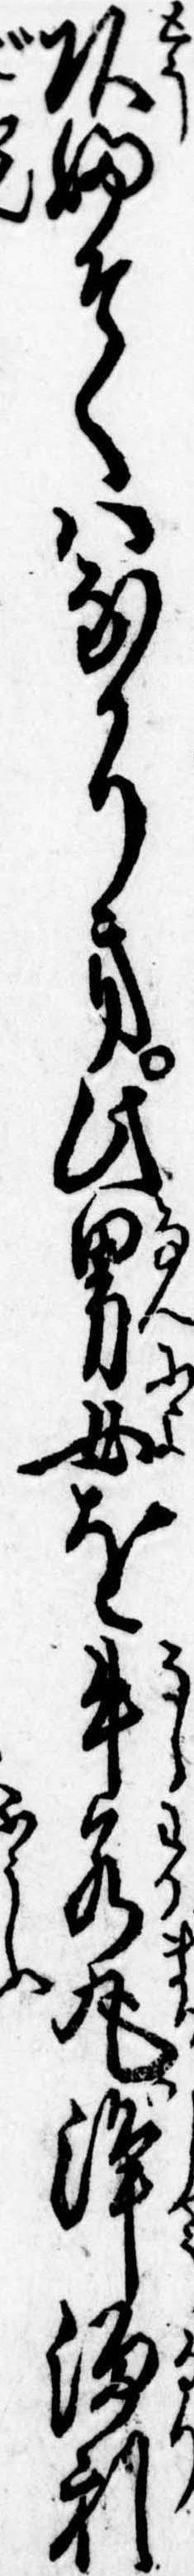
頭ふそくはなかりき此男女を牛若丸浄瑠利